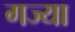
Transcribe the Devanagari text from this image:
गज्या